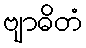
ဗျာဓိတံ